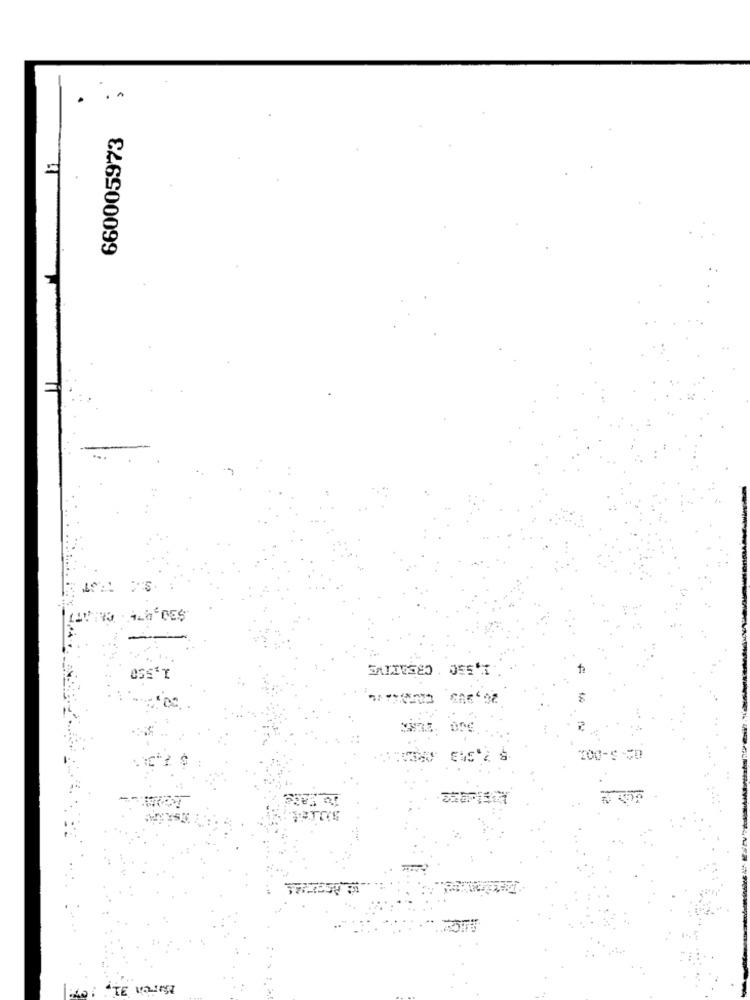
660005973
NO 16 DES
CREATIVE
1,550
"TE VOIS